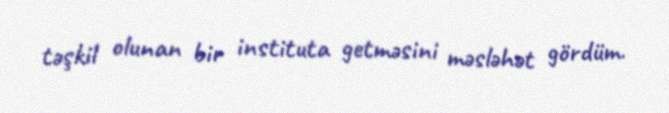
təşkil olunan bir instituta getməsini məsləhət gördüm.